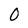
Character: 0